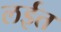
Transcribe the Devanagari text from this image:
लईत